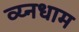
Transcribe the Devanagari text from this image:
व्य्नधाम